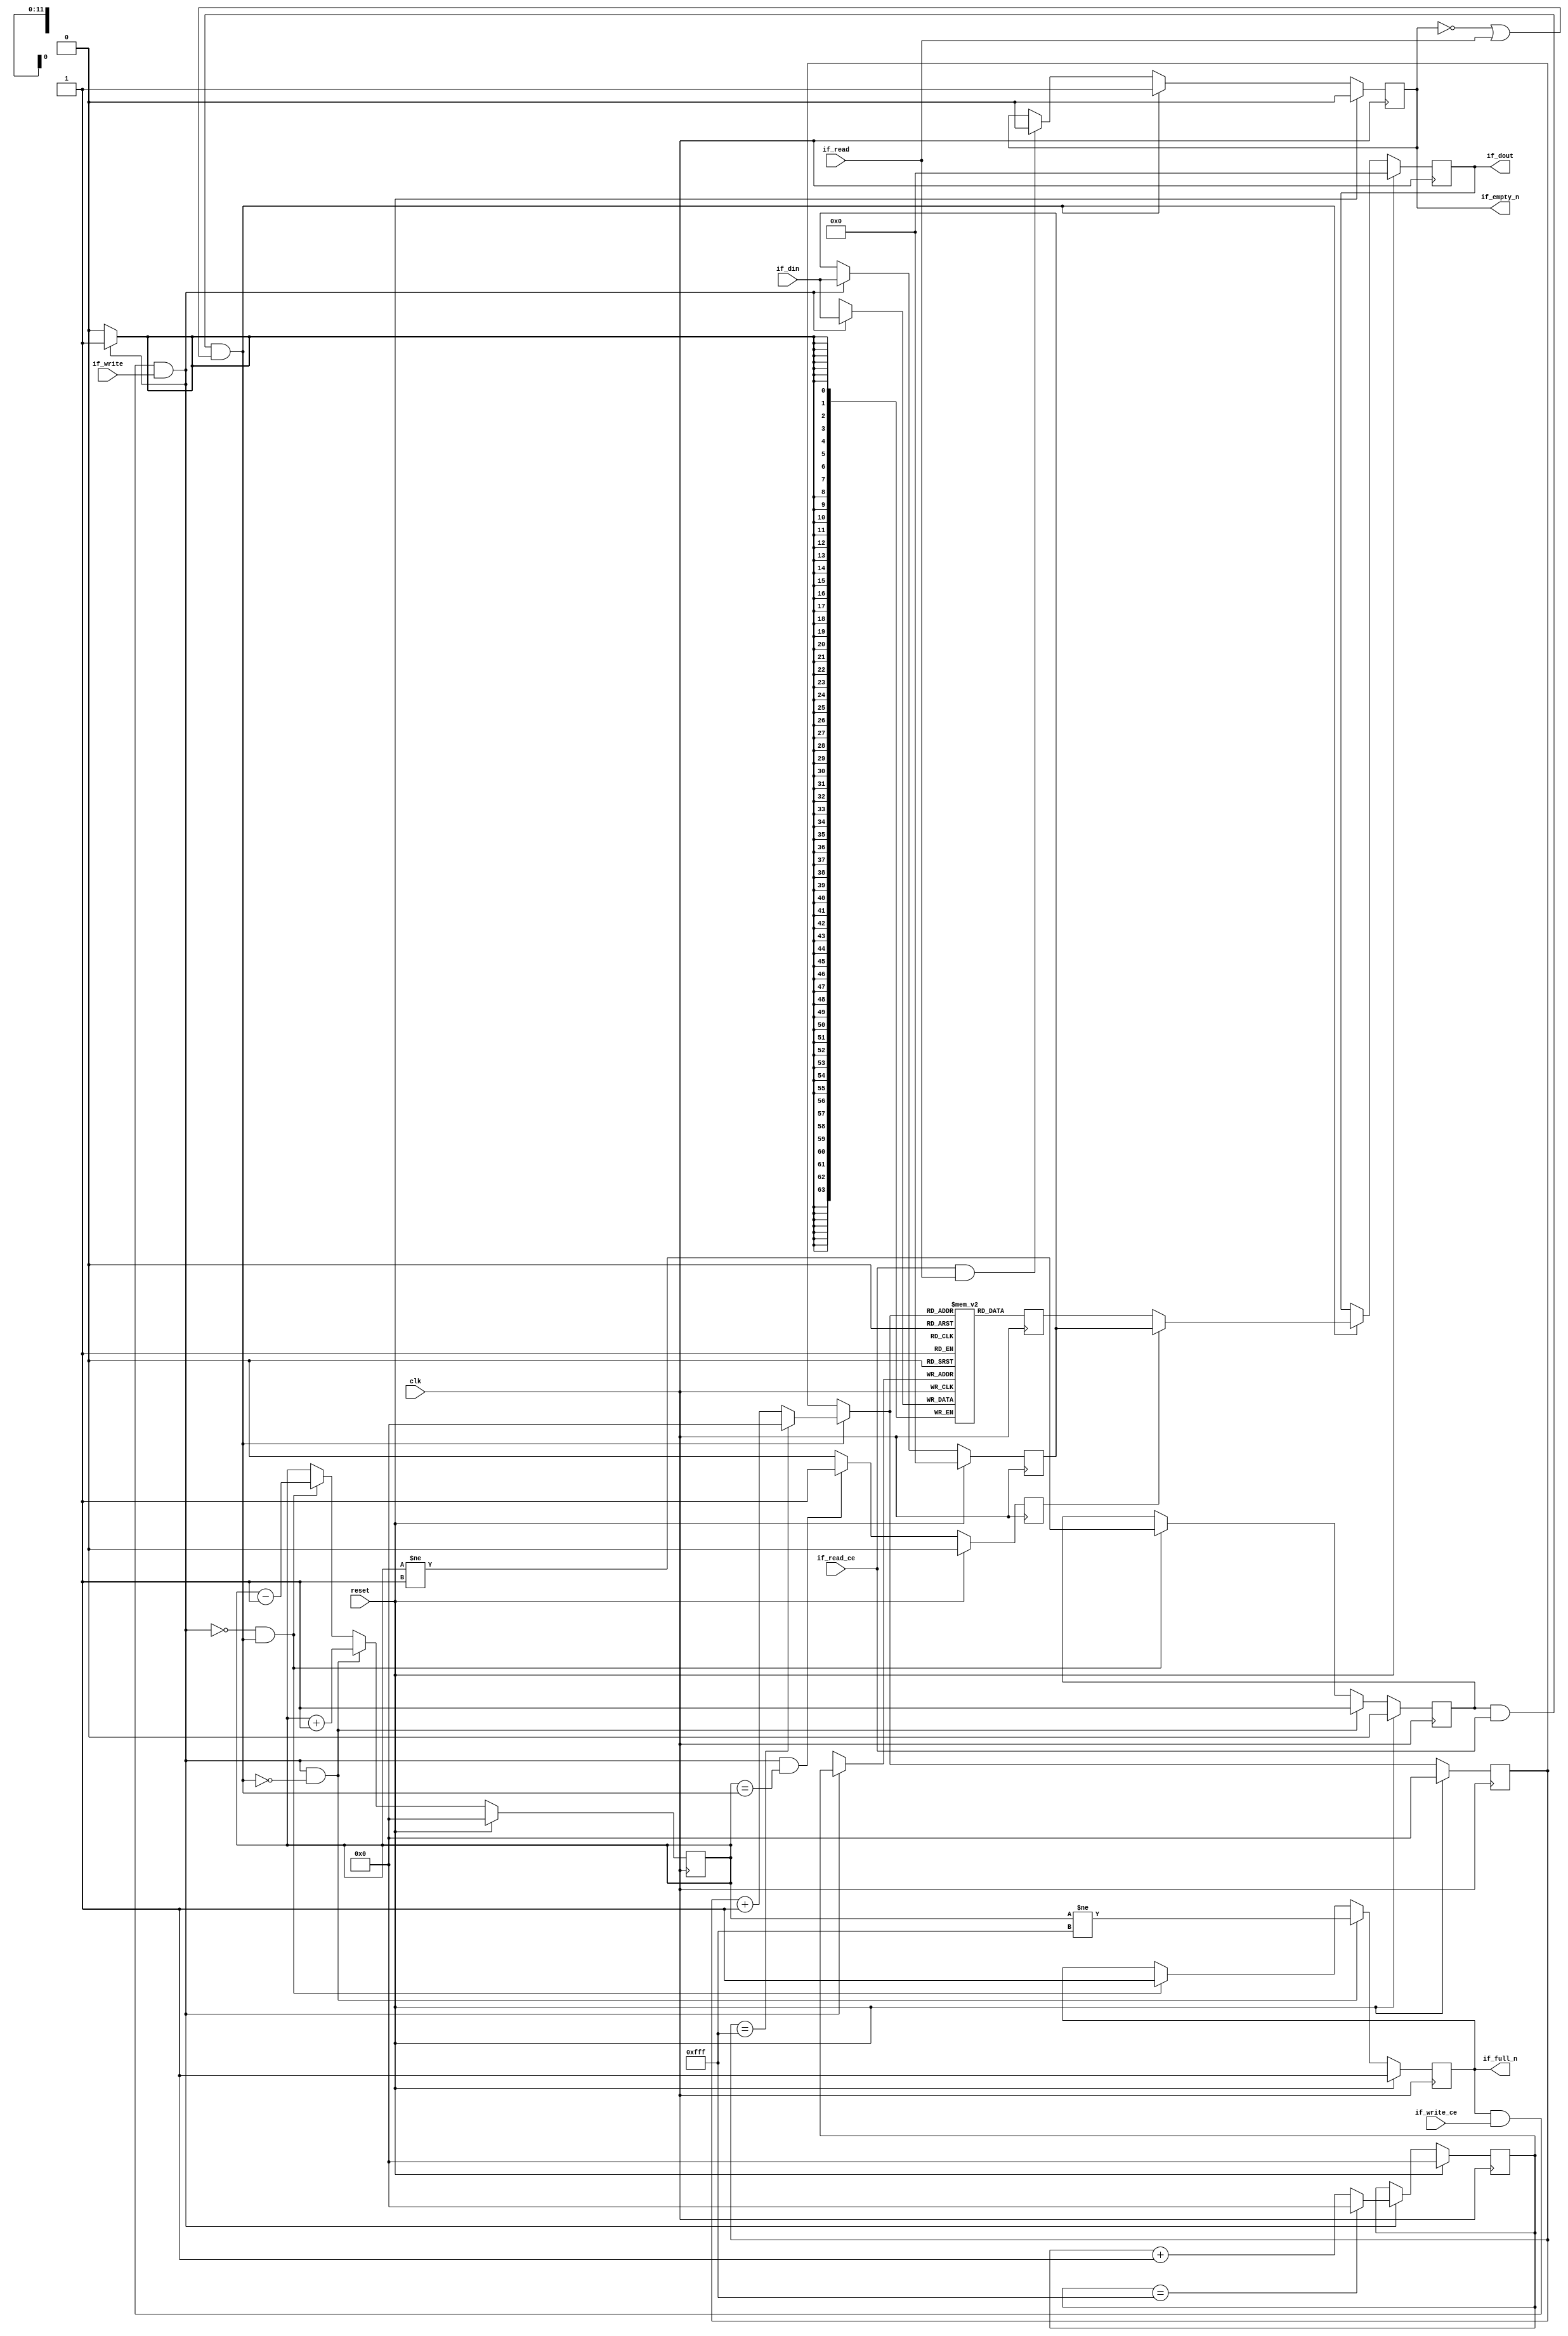
// ==============================================================
// File generated by Vivado(TM) HLS - High-Level Synthesis from C, C++ and SystemC
// Version: 2015.1
// Copyright (C) 2015 Xilinx Inc. All rights reserved.
// 
// ==============================================================


`timescale 1ns/1ps

module FIFO_udp_packetData_V_V
#(parameter
    MEM_STYLE  = "block",
    DATA_WIDTH = 64,
    ADDR_WIDTH = 12,
    DEPTH      = 4096
)
(
    // system signal
    input  wire                  clk,
    input  wire                  reset,

    // write
    output wire                  if_full_n,
    input  wire                  if_write_ce,
    input  wire                  if_write,
    input  wire [DATA_WIDTH-1:0] if_din,

    // read
    output wire                  if_empty_n,
    input  wire                  if_read_ce,
    input  wire                  if_read,
    output wire [DATA_WIDTH-1:0] if_dout
);
//------------------------Parameter----------------------

//------------------------Local signal-------------------
(* ram_style = MEM_STYLE *)
reg  [DATA_WIDTH-1:0] mem[0:DEPTH-1];
reg  [DATA_WIDTH-1:0] q_buf = 1'b0;
reg  [ADDR_WIDTH-1:0] waddr = 1'b0;
reg  [ADDR_WIDTH-1:0] raddr = 1'b0;
wire [ADDR_WIDTH-1:0] wnext;
wire [ADDR_WIDTH-1:0] rnext;
wire                  push;
wire                  pop;
reg  [ADDR_WIDTH-1:0] usedw = 1'b0;
reg                   full_n = 1'b1;
reg                   empty_n = 1'b0;
reg  [DATA_WIDTH-1:0] q_tmp = 1'b0;
reg                   show_ahead = 1'b0;
reg  [DATA_WIDTH-1:0] dout_buf = 1'b0;
reg                   dout_valid = 1'b0;


//------------------------Instantiation------------------

//------------------------Task and function--------------

//------------------------Body---------------------------
assign if_full_n  = full_n;
assign if_empty_n = dout_valid;
assign if_dout    = dout_buf;
assign push       = full_n & if_write_ce & if_write;
assign pop        = empty_n & if_read_ce & (~dout_valid | if_read);
assign wnext      = !push                ? waddr :
                    (waddr == DEPTH - 1) ? 1'b0  :
                    waddr + 1'b1;
assign rnext      = !pop                 ? raddr :
                    (raddr == DEPTH - 1) ? 1'b0  :
                    raddr + 1'b1;

// waddr
always @(posedge clk) begin
    if (reset == 1'b1)
        waddr <= 1'b0;
    else
        waddr <= wnext;
end

// raddr
always @(posedge clk) begin
    if (reset == 1'b1)
        raddr <= 1'b0;
    else
        raddr <= rnext;
end

// usedw
always @(posedge clk) begin
    if (reset == 1'b1)
        usedw <= 1'b0;
    else if (push & ~pop)
        usedw <= usedw + 1'b1;
    else if (~push & pop)
        usedw <= usedw - 1'b1;
end

// full_n
always @(posedge clk) begin
    if (reset == 1'b1)
        full_n <= 1'b1;
    else if (push & ~pop)
        full_n <= (usedw != DEPTH - 1);
    else if (~push & pop)
        full_n <= 1'b1;
end

// empty_n
always @(posedge clk) begin
    if (reset == 1'b1)
        empty_n <= 1'b0;
    else if (push & ~pop)
        empty_n <= 1'b1;
    else if (~push & pop)
        empty_n <= (usedw != 1'b1);
end

// mem
always @(posedge clk) begin
    if (push)
        mem[waddr] <= if_din;
end

// q_buf
always @(posedge clk) begin
    q_buf <= mem[rnext];
end

// q_tmp
always @(posedge clk) begin
    if (reset == 1'b1)
        q_tmp <= 1'b0;
    else if (push)
        q_tmp <= if_din;
end

// show_ahead
always @(posedge clk) begin
    if (reset == 1'b1)
        show_ahead <= 1'b0;
    else if (push && usedw == pop)
        show_ahead <= 1'b1;
    else
        show_ahead <= 1'b0;
end

// dout_buf
always @(posedge clk) begin
    if (reset == 1'b1)
        dout_buf <= 1'b0;
    else if (pop)
        dout_buf <= show_ahead? q_tmp : q_buf;
end

// dout_valid
always @(posedge clk) begin
    if (reset == 1'b1)
        dout_valid <= 1'b0;
    else if (pop)
        dout_valid <= 1'b1;
    else if (if_read_ce & if_read)
        dout_valid <= 1'b0;
end

endmodule